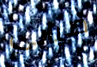
ضبابي